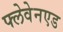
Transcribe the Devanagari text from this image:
फ्लेवेनएड